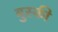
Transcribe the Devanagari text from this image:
बुस्की